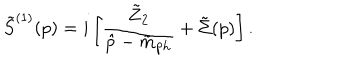
LaTeX: \tilde { S } ^ { ( 1 ) } ( p ) = i \left[ \frac { \tilde { Z } _ { 2 } } { \hat { p } - \tilde { m } _ { \mathrm { p h } } } + \tilde { \Sigma } ( p ) \right] .